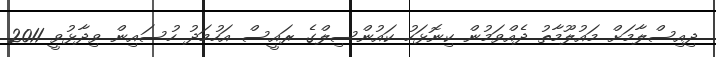
ދިއިސްލާމަށް މައުލޫމާތު ދެއްވަމުން ކިނޮޅަހު ކައުންސިލްގެ ރައީސް އަހުމަދު ހުސައިން ވިދާޅުވީ 2011